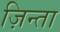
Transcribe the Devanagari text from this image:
ज़िन्ता